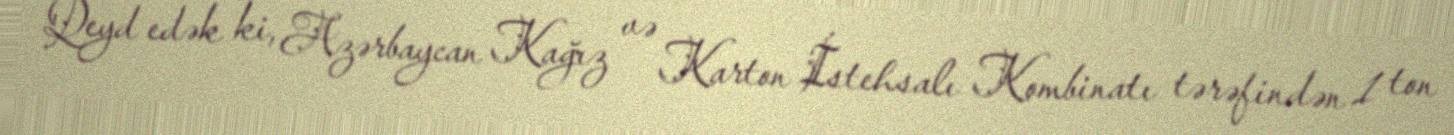
Qeyd edək ki, Azərbaycan Kağız və Karton İstehsalı Kombinatı tərəfindən 1 ton